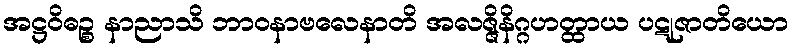
အဋ္ဌဝိဓဉ္စ နာညာသိ ဘာဝနာဗလေနာတိ အလဇ္ဇိနိဂ္ဂဟတ္ထာယ ပဋုဇာတိယော